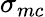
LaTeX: \sigma_{mc}